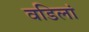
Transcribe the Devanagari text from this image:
वडिलां